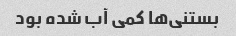
بستنی‌ها کمی آب شده بود